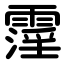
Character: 霪